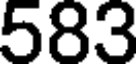
583